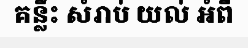
គន្លឹះ សំរាប់ យល់ អំពី